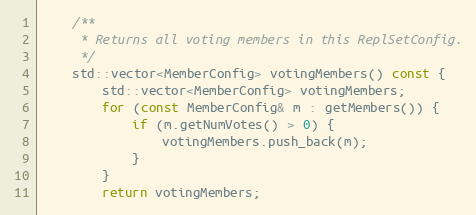
Language: C
    /**
     * Returns all voting members in this ReplSetConfig.
     */
    std::vector<MemberConfig> votingMembers() const {
        std::vector<MemberConfig> votingMembers;
        for (const MemberConfig& m : getMembers()) {
            if (m.getNumVotes() > 0) {
                votingMembers.push_back(m);
            }
        }
        return votingMembers;